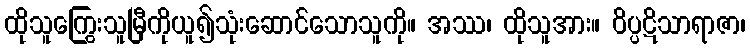
ထိုသူကြွေးသူမြီကိုယူ၍သုံးဆောင်သောသူကို။ အဿ၊ ထိုသူအား။ ဝိပ္ပဋိသာရာဇာ၊